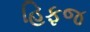
હિફજ